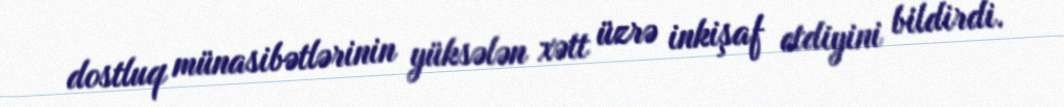
dostluq münasibətlərinin yüksələn xətt üzrə inkişaf etdiyini bildirdi.